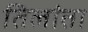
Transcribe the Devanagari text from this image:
तिलांता